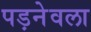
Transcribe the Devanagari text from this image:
पड़नेवला